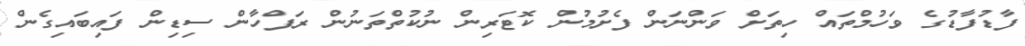
ފާޑުފާޑުގެ ވަހުމްތައް ހިތަށް ވަންނަން ފެށުމުން ކޮޓަރިން ނުކުތްތަނުން ރަފްހާން ސިޑިން ފައިބައިގެން